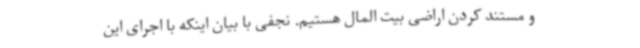
و مستند کردن اراضی بیت المال هستیم. نجفی با بیان اینکه با اجرای این